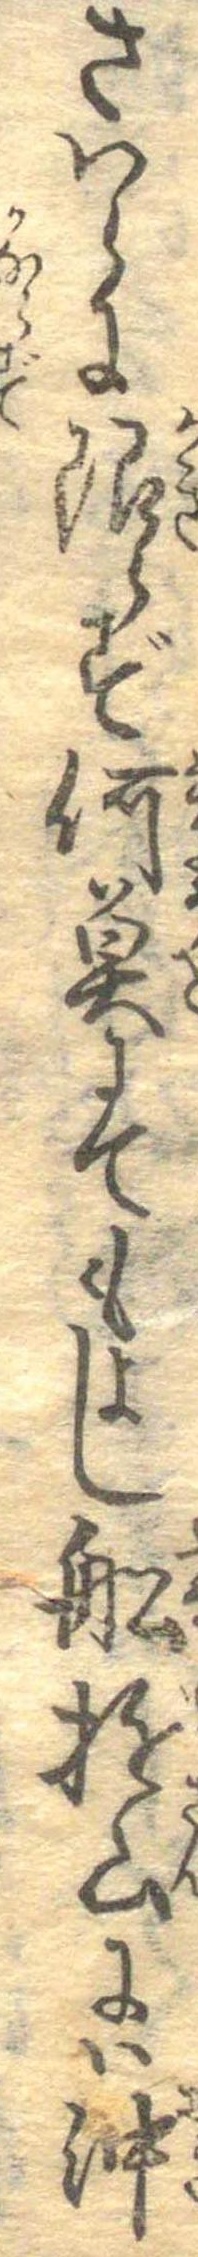
さはらに限らず何魚にてもよし船遊山には沖